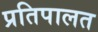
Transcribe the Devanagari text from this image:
प्रतिपालत